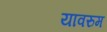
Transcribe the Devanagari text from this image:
यावरुम